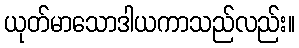
ယုတ်မာသောဒါယကာသည်လည်း။